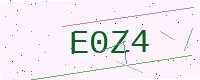
Text: E0Z4